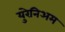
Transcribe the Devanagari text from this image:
युरेनिअम